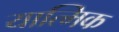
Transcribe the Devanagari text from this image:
यात्मिक